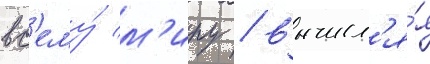
вс'ему́ м'иру / вычисл'я́я